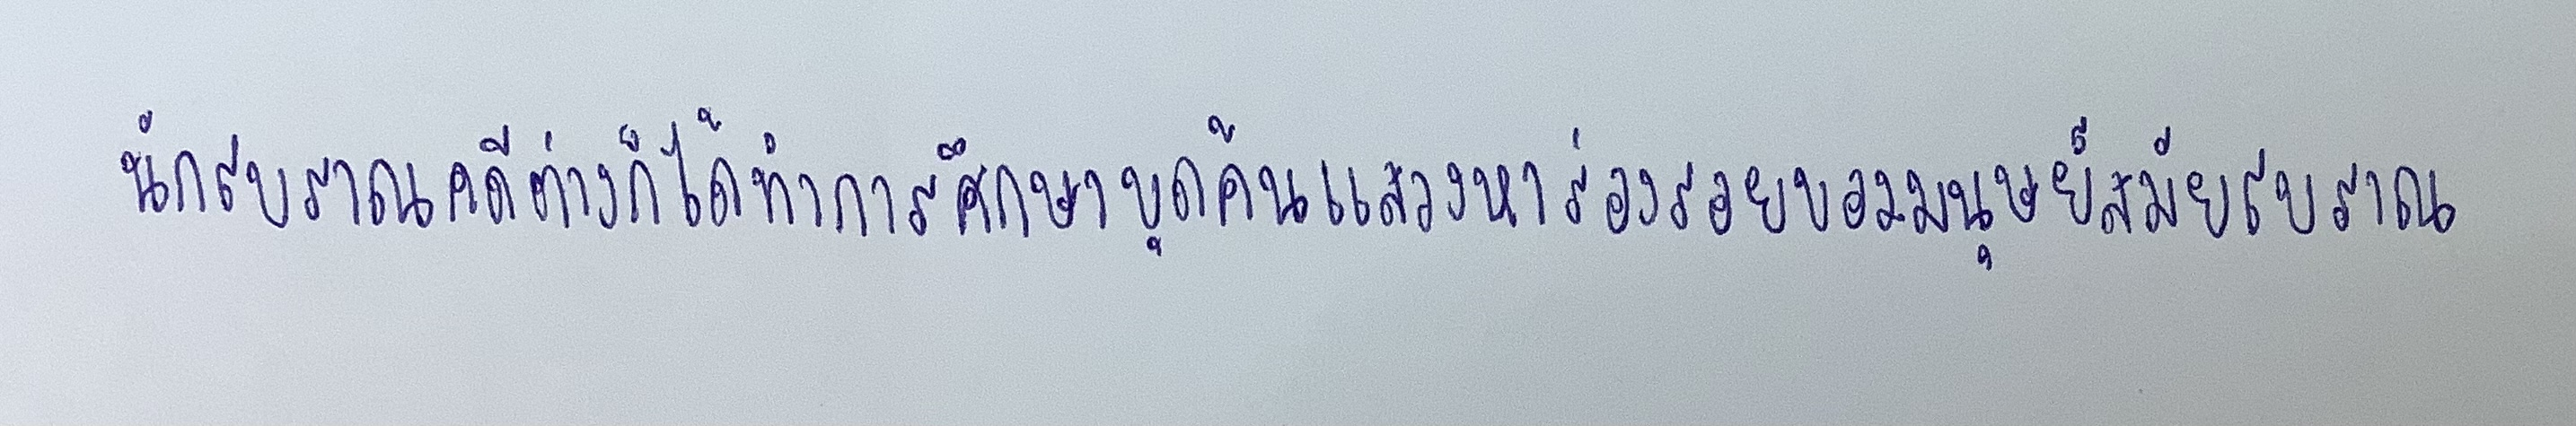
นักโบราณคดีต่างก็ได้ทำการศึกษาขุดค้นแสวงหาร่องรอยของมนุษย์สมัยโบราณ